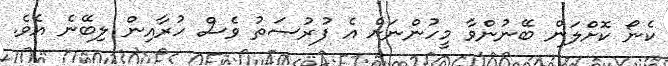
ކެނޯ ކޮށްލަން ބޭނުންވާ މީހުންނަށް އެ ފުރުސަތު ވެސް ހުރާއިން ލިބޭނެ އެވެ.